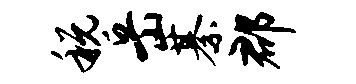
税岳綦郡